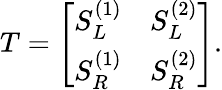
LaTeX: T=\left[\begin{array}{ll}{S_{L}^{(1)}}&{S_{L}^{(2)}}\\ {S_{R}^{(1)}}&{S_{R}^{(2)}}\end{array}\right].